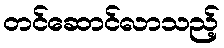
တင်ဆောင်လာသည့်